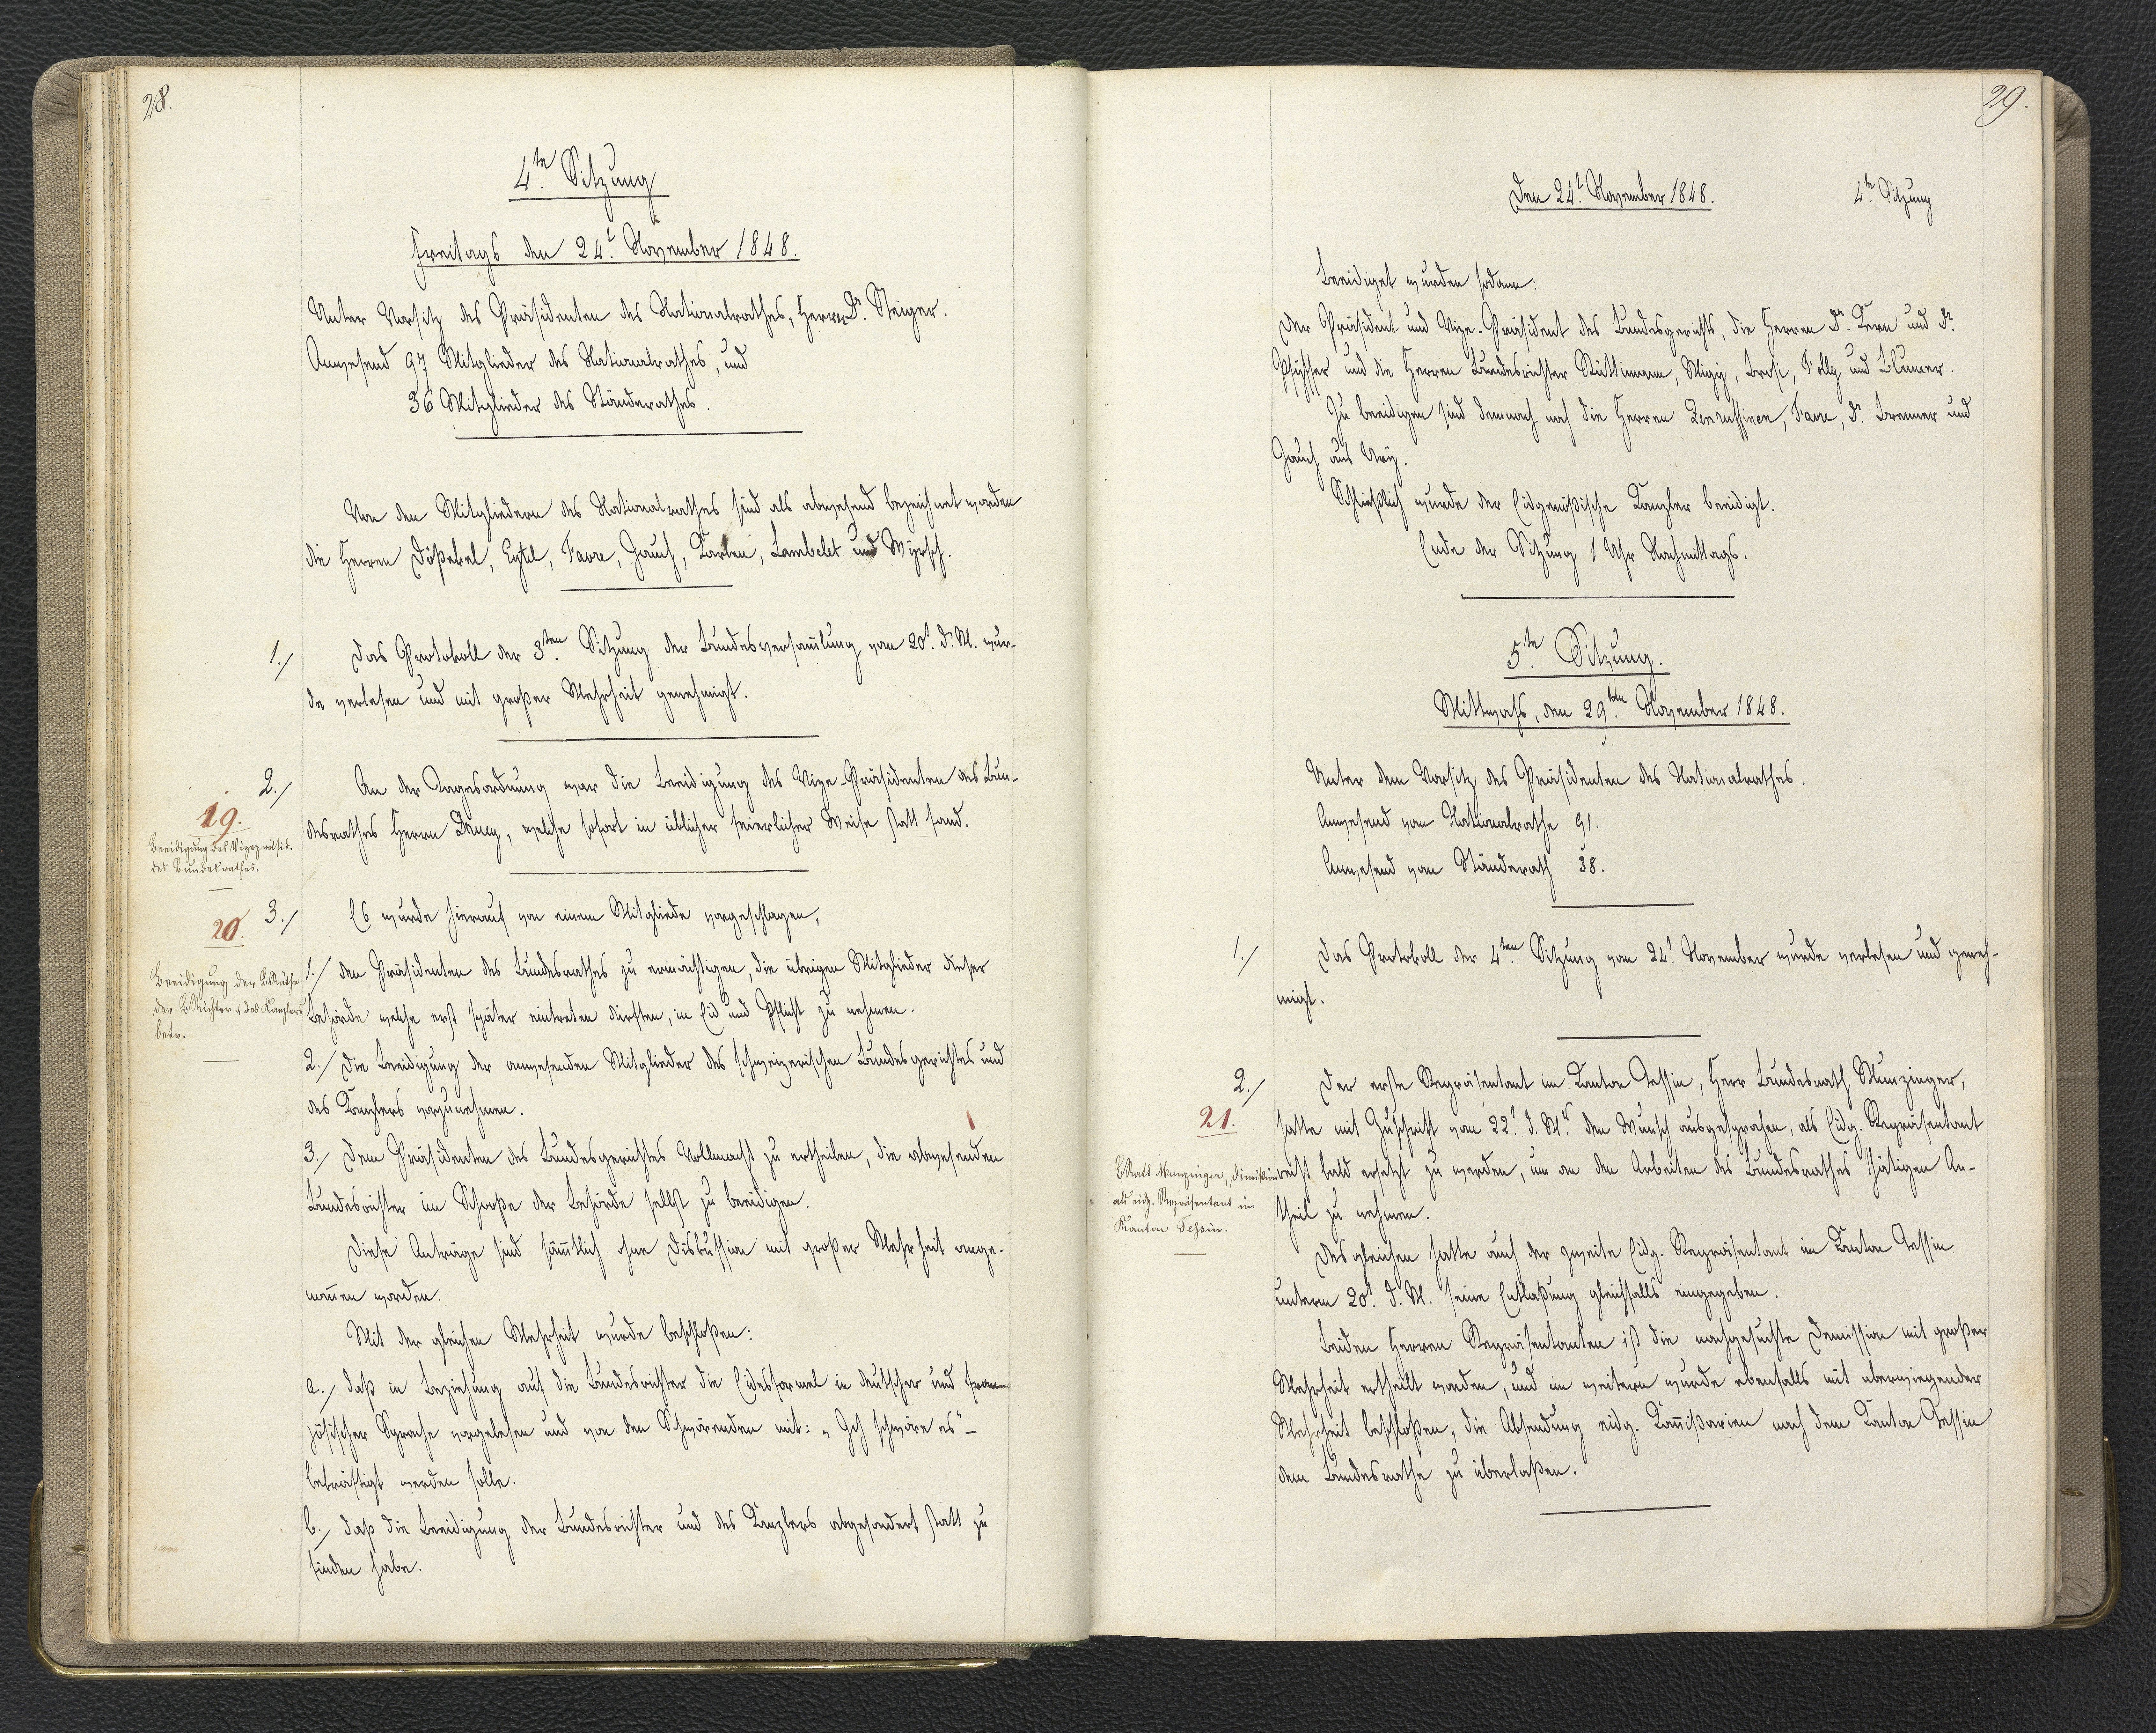
29.

5.te Sitzung.
Mittwochs, den 29.ten November 1848.

Unter dem Vorsitz des Präsidenten des Nationalrathes.
Anwesend vom Nationalrathe 91.
Anwesend vom Ständerath 38.
Das Protokoll der 4.ten Sitzung vom 24.t November wurde verlesen und geneh¬
migt.
Der erste Repräsentant im Kanton Tessin, Herr Landesrath Munzinger,
hatte mit Zuschrift von 22.t d. M.s den Wunsch ausgesprochen, als Eidg. Repräsentant
recht bald ersetzt zu werden, um an den Arbeiten des Bundesrathes thätigen An¬
theil zu nehmen.
Des gleichen hatte auch der zweite Eidg. Repräsentant im Kanton Tessin
unterm 20.t d. M. seine Entlaßung gleichfalls eingegeben.
Beiden Herren Repräsentanten ist die nachgesuchte Demission mit großer
Mehrheit ertheilt worden, und im weitern wurde ebenfalls mit überwiegender
Mehrheit beschloßen, die Absendung eidg. Kommißarien nach dem Kanton Tessin
dem Bundesrathe zu überlaßen.

1.

2.
21.
L.Rats Munzinger, Dimißion
als eidg. Repräsentant im
Kanton Tessin.